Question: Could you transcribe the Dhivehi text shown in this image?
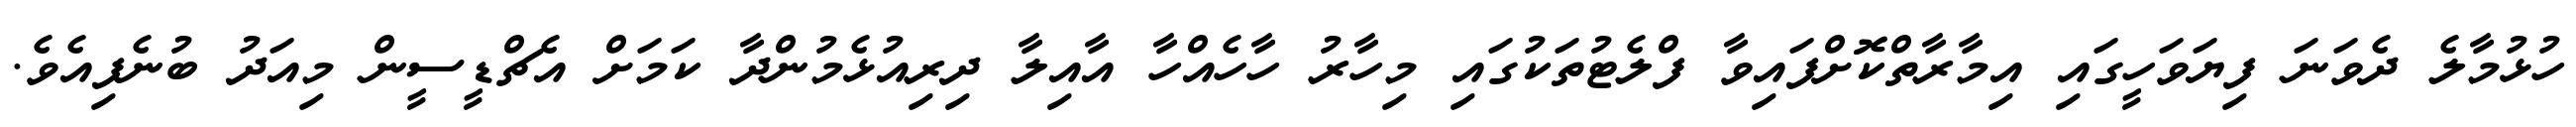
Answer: ހުޅުމާލެ ދެވަނަ ފިޔަވަހީގައި އިމާރާތްކޮށްފައިވާ ފްލެޓުތަކުގައި މިހާރު ހާހެއްހާ އާއިލާ ދިރިއުޅެމުންދާ ކަމަށް އެޗްޑީސީން މިއަދު ބުނެފިއެވެ.